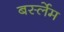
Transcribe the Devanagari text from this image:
बर्स्लेम